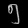
Digit: ၅